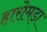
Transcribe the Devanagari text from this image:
हारोमड़ा